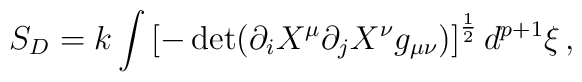
S_D=k\int\left[ -\det(\partial_iX^{\mu}\partial_jX^{\nu} g_{\mu\nu})\right]^{\frac{1}{2}}d^{p+1}{\xi}\,,